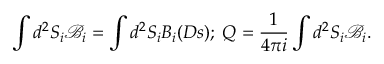
\int d ^ { 2 } S _ { i } { \mathcal { B } } _ { i } = \int d ^ { 2 } S _ { i } B _ { i } ( D s ) ; \; Q = \frac { 1 } { 4 \pi i } \int d ^ { 2 } S _ { i } { \mathcal { B } } _ { i } .